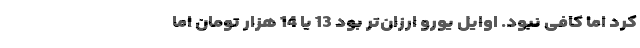
کرد اما کافی نبود. اوایل یورو ارزان‌تر بود 13 یا 14‌ هزار تومان اما